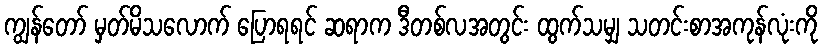
ကျွန်တော် မှတ်မိသလောက် ပြောရရင် ဆရာက ဒီတစ်လအတွင်း ထွက်သမျှ သတင်းစာအကုန်လုံးကို